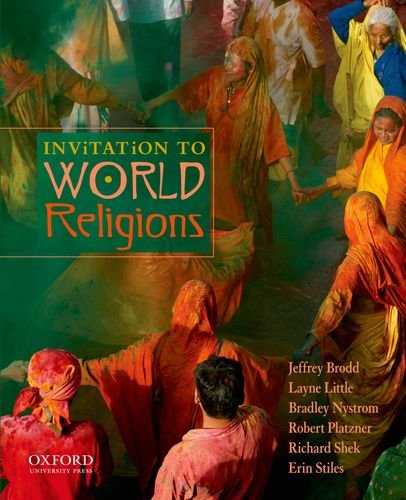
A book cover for Invitation to World Religions; Jeffrey Brodd; Religion & Spirituality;